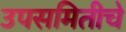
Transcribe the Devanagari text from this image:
उपसमितीचे